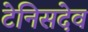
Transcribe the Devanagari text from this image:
टेनिसदेव